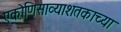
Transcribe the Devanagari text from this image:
एकोणिसाव्याशतकाच्या